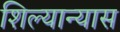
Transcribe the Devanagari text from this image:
शिल्यान्यास